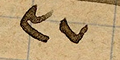
٣٧